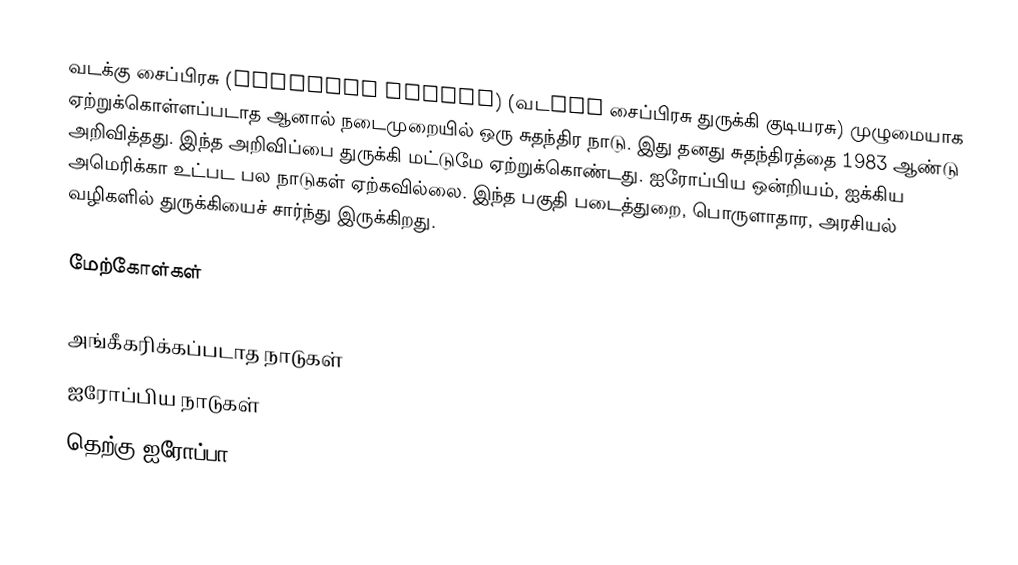
வடக்கு சைப்பிரசு (Northern Cyprus) (வடkku சைப்பிரசு துருக்கி குடியரசு) முழுமையாக ஏற்றுக்கொள்ளப்படாத ஆனால் நடைமுறையில் ஒரு சுதந்திர நாடு. இது தனது சுதந்திரத்தை 1983 ஆண்டு அறிவித்தது. இந்த அறிவிப்பை துருக்கி மட்டுமே ஏற்றுக்கொண்டது. ஐரோப்பிய ஒன்றியம், ஐக்கிய அமெரிக்கா உட்பட பல நாடுகள் ஏற்கவில்லை. இந்த பகுதி படைத்துறை, பொருளாதார, அரசியல் வழிகளில் துருக்கியைச் சார்ந்து இருக்கிறது.

மேற்கோள்கள்

அங்கீகரிக்கப்படாத நாடுகள்
ஐரோப்பிய நாடுகள்
தெற்கு ஐரோப்பா